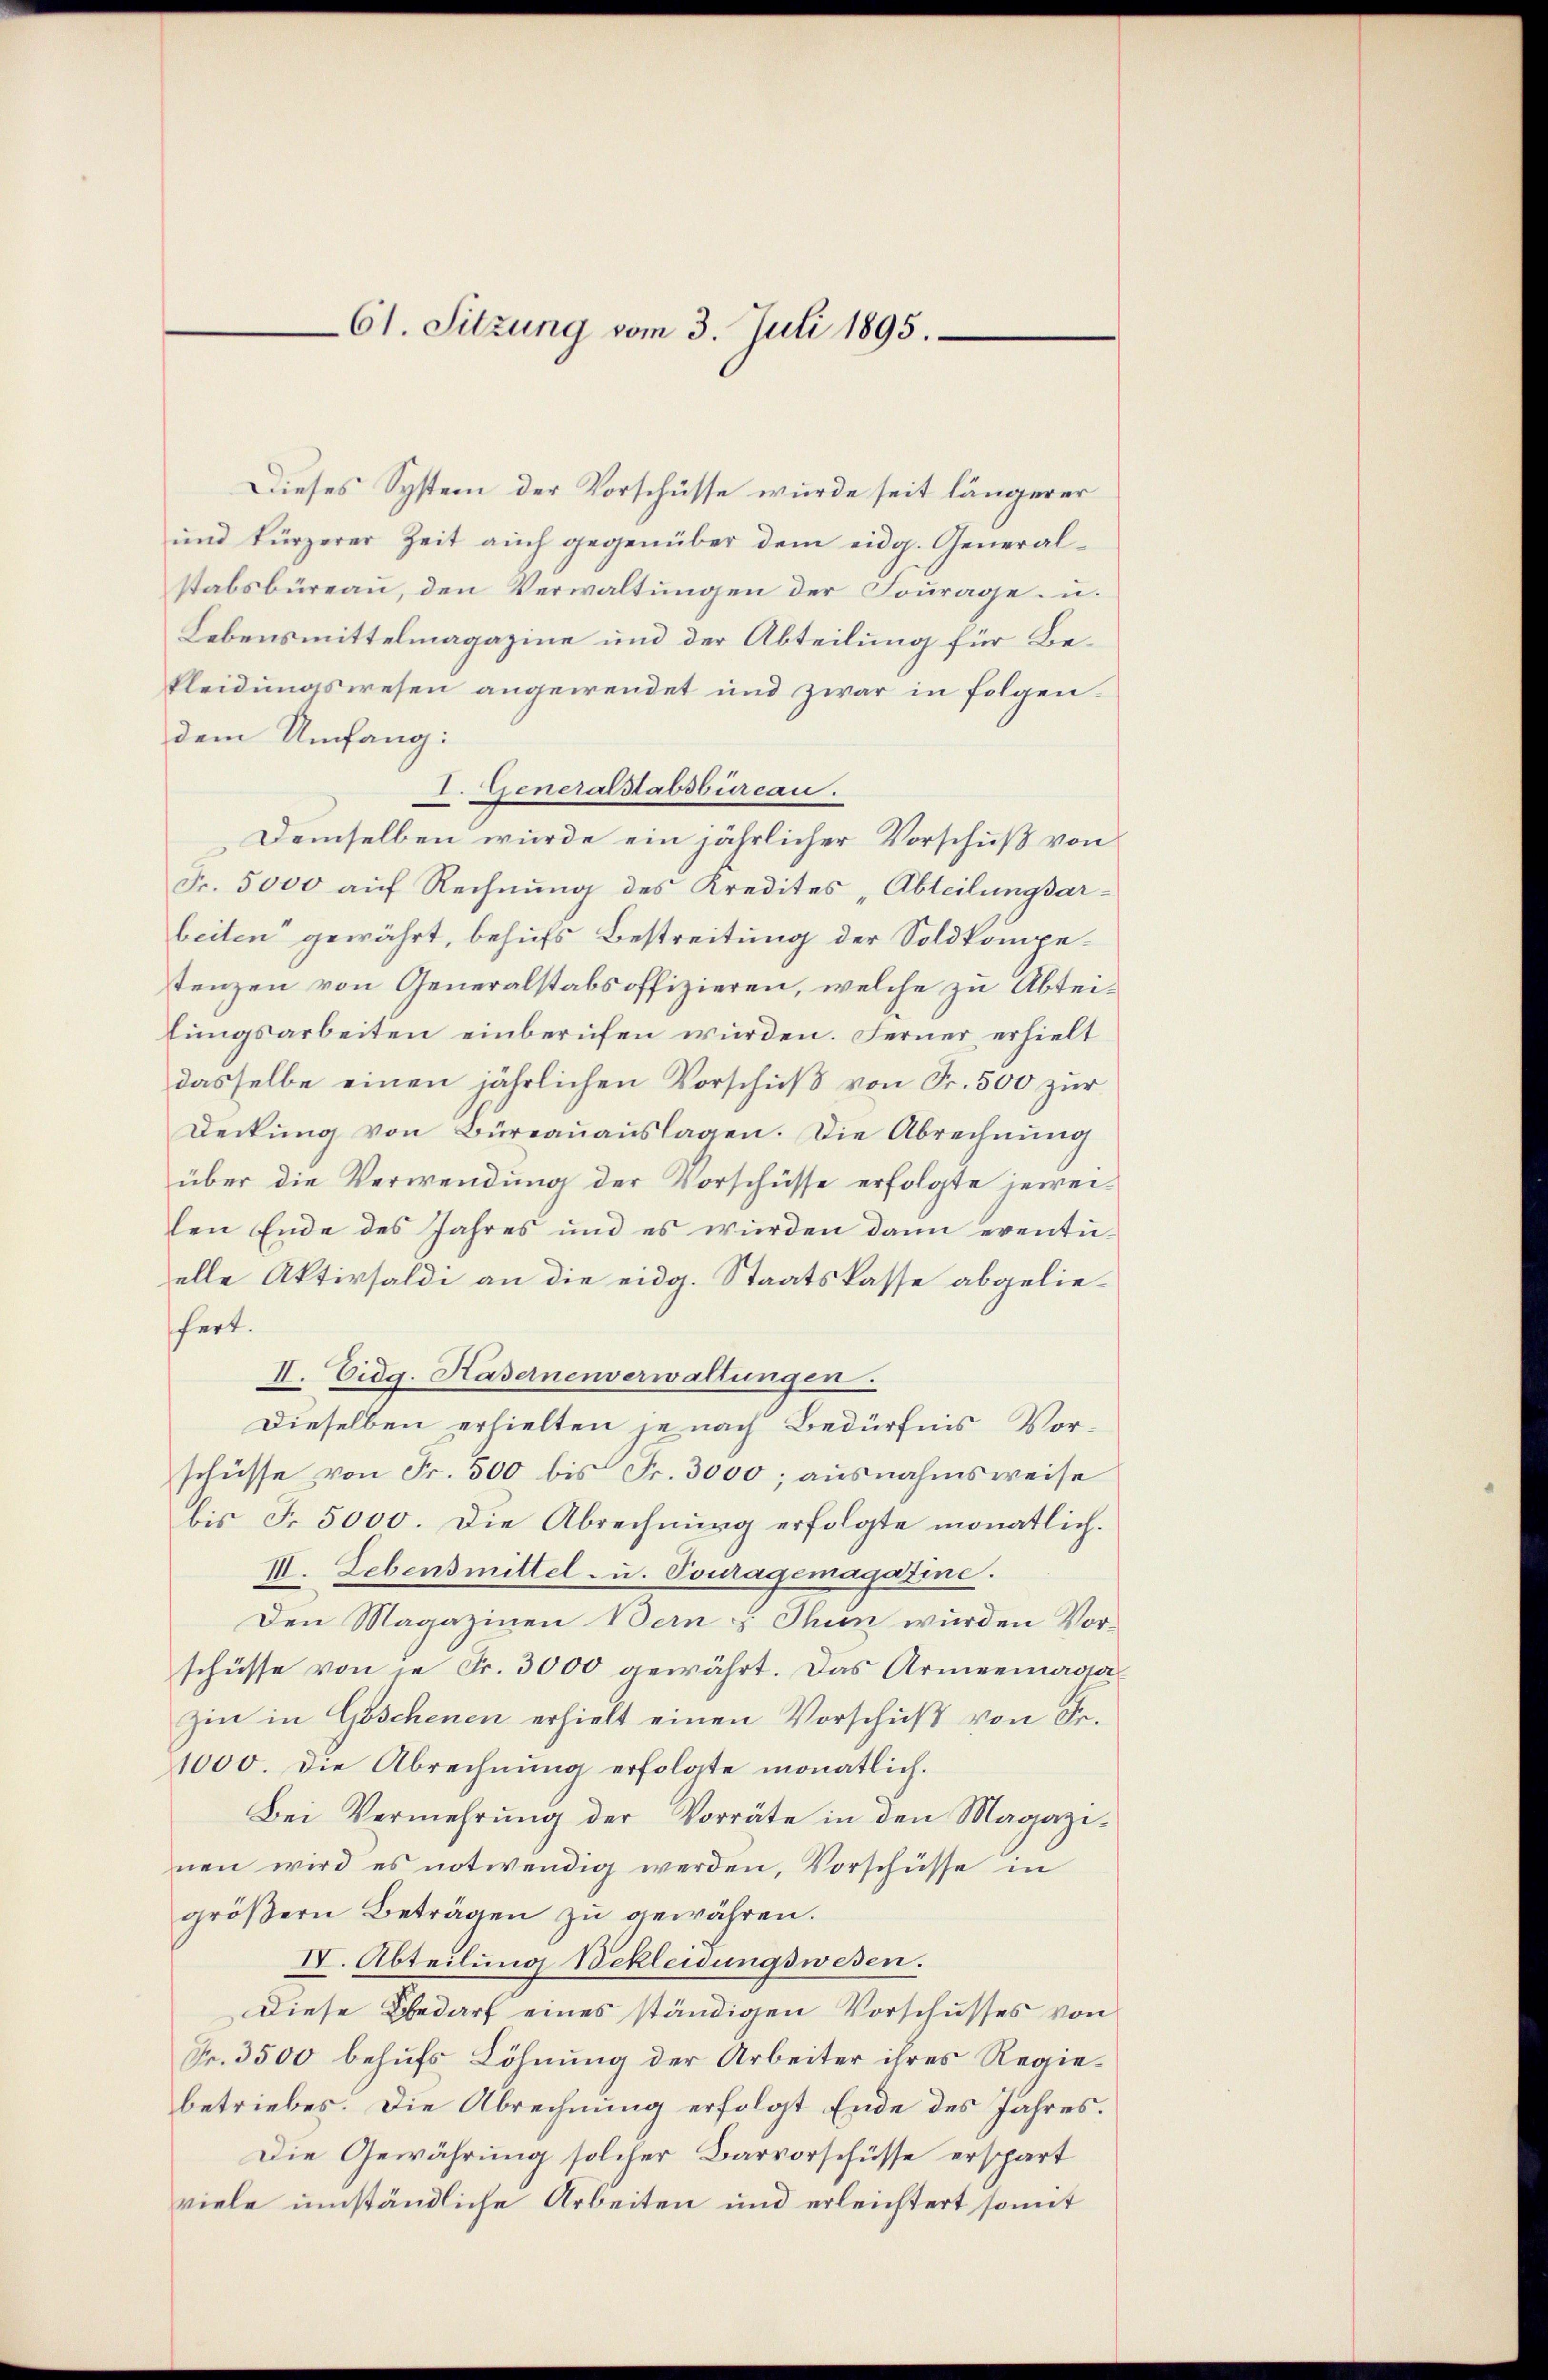
61. Sitzung vom 3. Juli 1895.

Dieses System der Vorschüsse wurde seit längerer
und kürzerer Zeit aŭch gegenüber dem eidg. General-
stabsbüreau, den Verwaltungen der Fourage u.
Lebensmittelmagazine und der Abteilung für Bekleidungswesen angewendet und zwar in folgen.
dem Umfang:
I. Generalstabsbureau.
Demselben wurde ein jährlicher Vorschuß von
Fr. 5000 aŭf Rechnŭng des Kredites „Abteilungsar-
beiten“ gewährt, behufs Bestreitung der Soldkompetenzen von Generalstabsoffizieren, welche zu Abteilungsarbeiten einberufen würden. Ferner erhielt
dasselbe einen jährlichen Vorschuß von Fr. 500 zur
Deckung von Büreauauslagen. Die Abrechnung
über die Verwendung der Vorschüsse erfolgte jeweilen Ende des Jahres und es wurden dann eventuelle Aktivsaldi an die eidg. Staatskasse abgeliefert.
II. Eidg. Hasernenverwaltungen.
Dieselben erhielten je nach Bedürfnis Vorschüsse von Fr. 500 bis Fr. 3000; ausnahmsweise
bis Fr. 5000. Die Abrechnung erfolgte monatlich.
III. Lebensmittel- u. Touragemagazine.
Den Magazinen Bern Thun wurden Vorschüsse von je Fr. 3000 gewährt. Das Armeemagazin in Göschenen erhielt einen Vorschuß von Fr.
1000. Die Abrechnung erfolgte monatlich.
Bei Vermehrŭng der Vorräte in den Magazi-
nen wird es notwendig werden, Vorschüsse in
größern Beträgen zu gewähren.
IV. Abteilung Bekleidungswesen.
Diese Bedarf eines ständigen Vorschusses von
Fr. 3500 behufs Löhnung der Arbeiter ihres Regiebetriebes. Die Abrechnung erfolgt Ende des Jahres.
Die Gewährung solcher Barvorschüsse erspart
viele umständliche Arbeiten und erleichtert somit